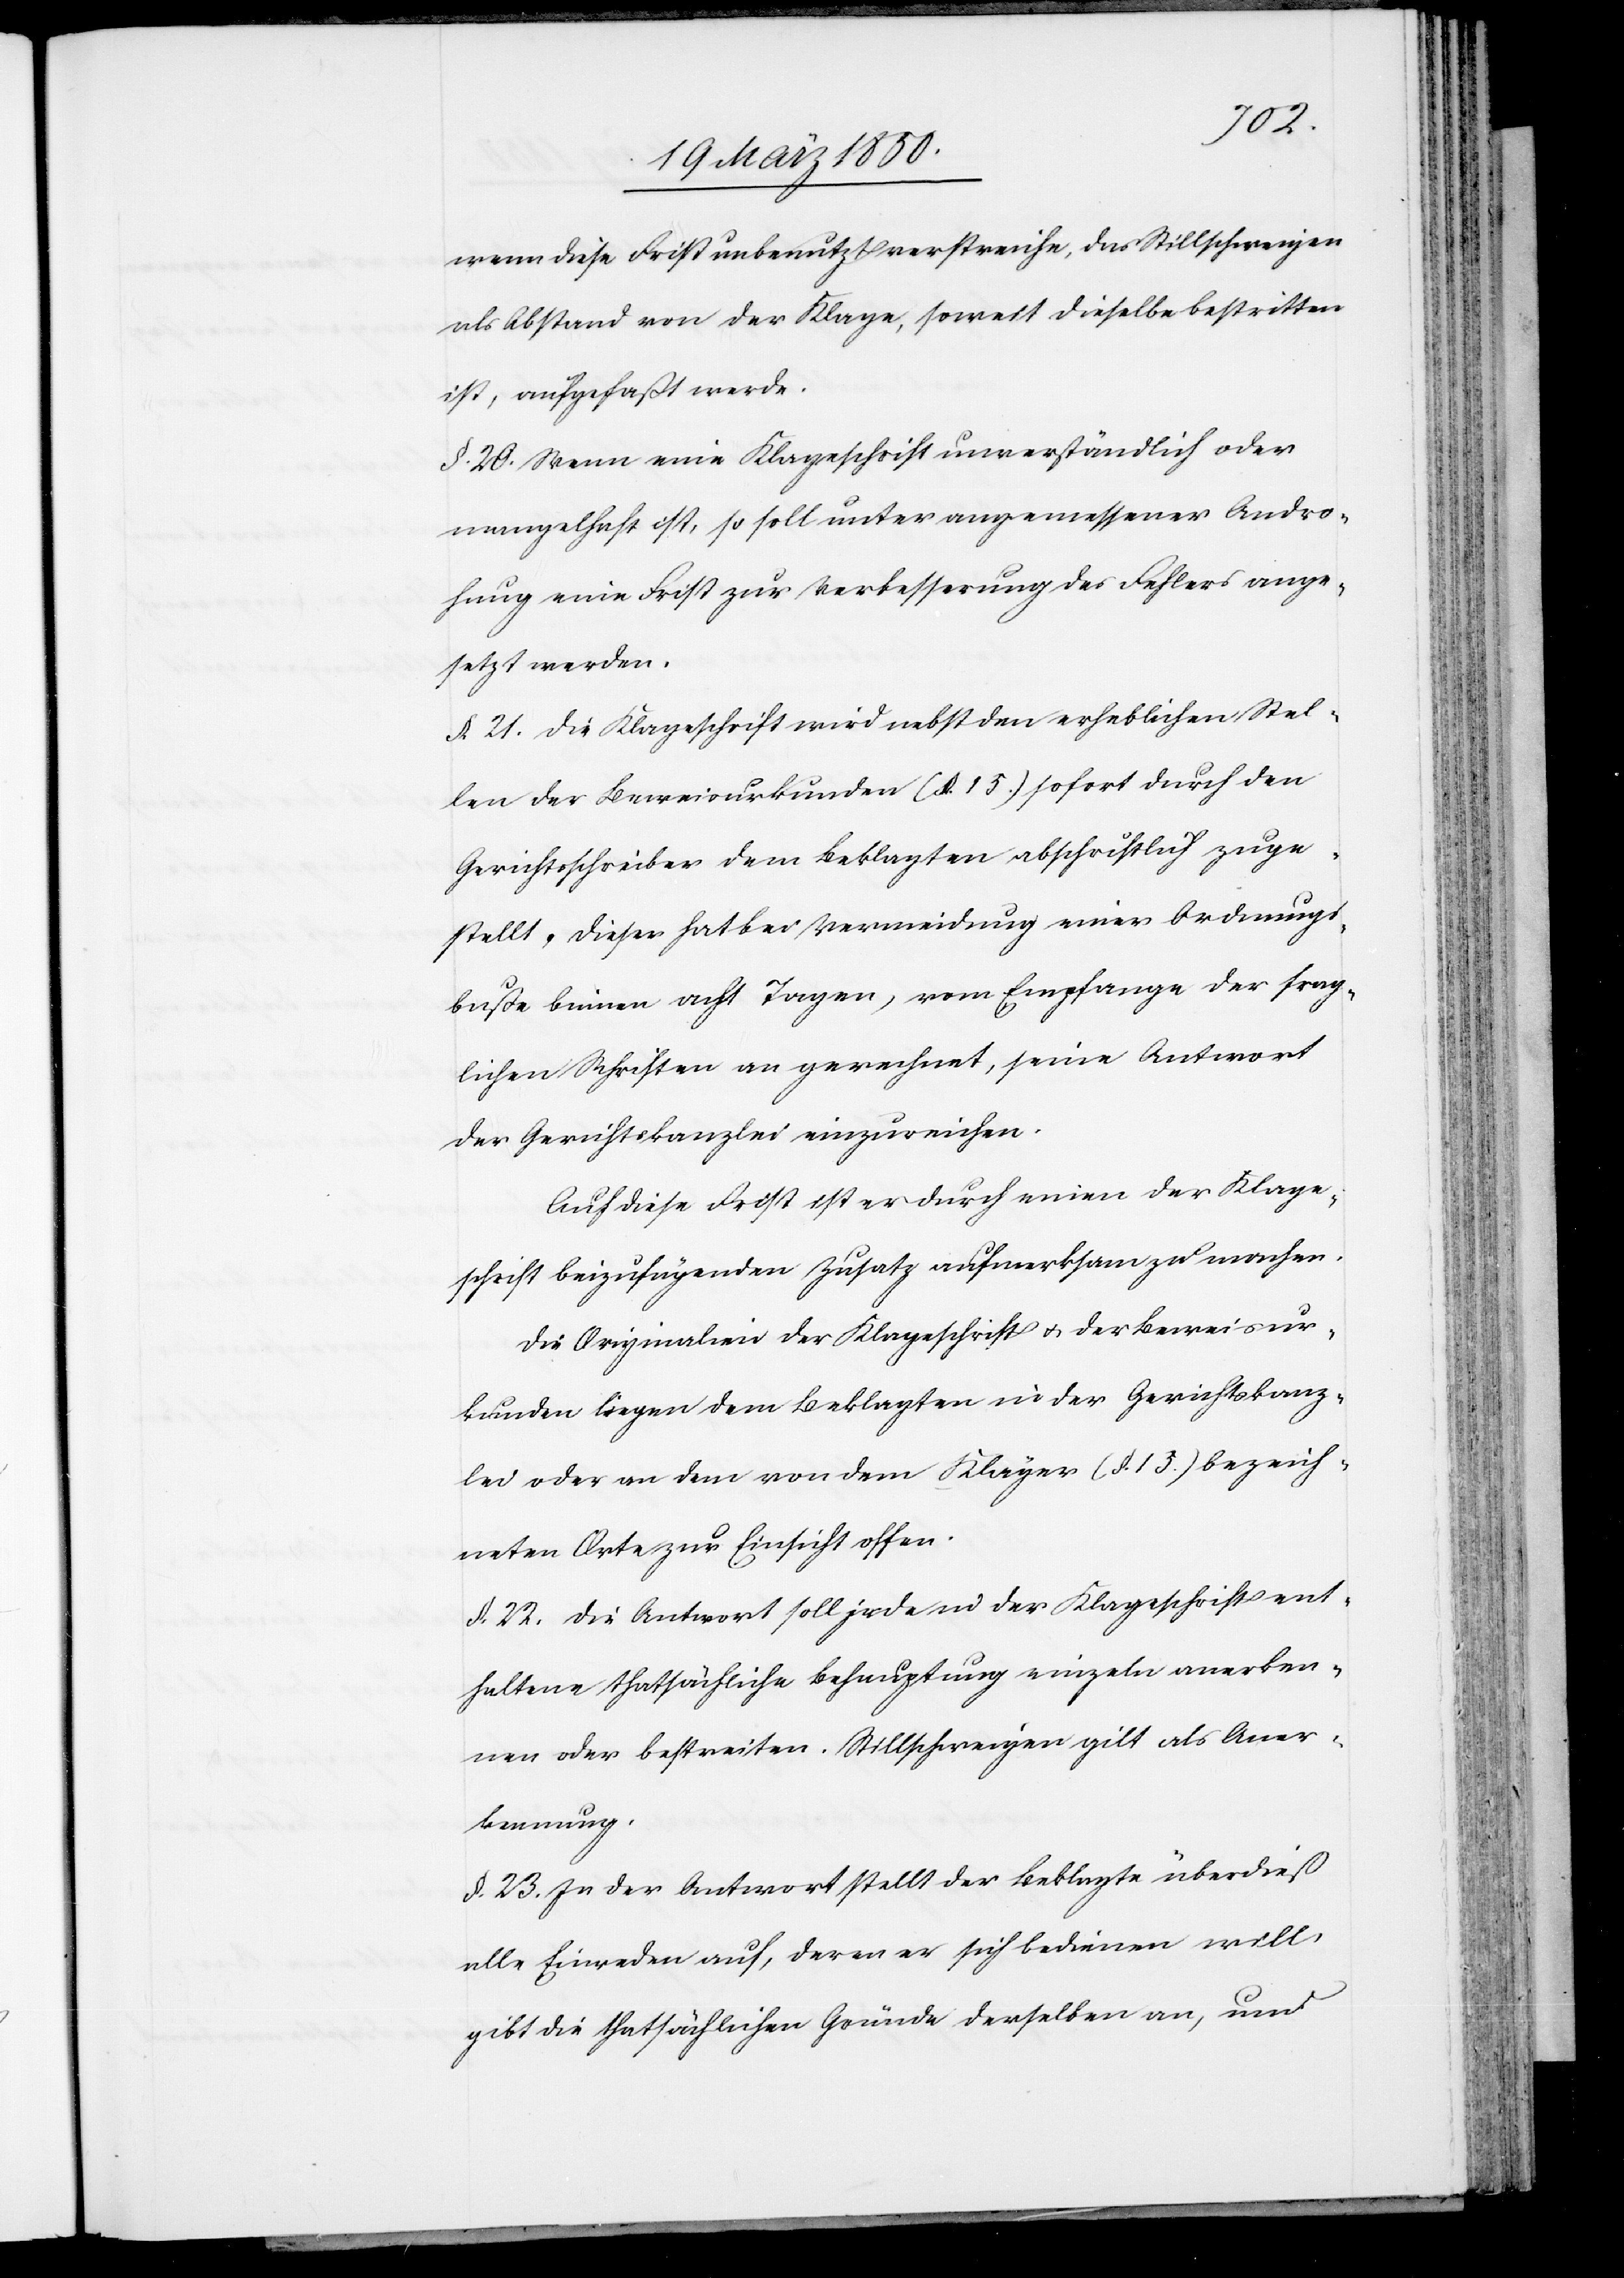
wenn diese Frist unbenutzt verstreiche, das Stillschweigen
als Abstand von der Klage, soweit dieselbe bestritten
ist, aufgefaßt werde.
§. 20. Wenn eine Klageschrift unverständlich oder
mangelhaft ist, so soll unter angemessener Andro¬
hung eine Frist zur Verbesserung des Fehlers ange¬
setzt werden.
§. 21. Die Klageschrift wird nebst den erheblichen Stel¬
len der Beweisurkunden (§. 15.) sofort durch den
Gerichtsschreiber dem Beklagten abschriftlich zuge¬
stellt. Dieser hat bei Vermeidung einer Ordnungs¬
buße binnen acht Tagen, vom Empfange der frag¬
lichen Schriften an gerechnet, seine Antwort
der Gerichtskanzlei einzureichen.
Auf diese Frist ist er durch einen der Klage¬
schrift beizufügenden Zusatz aufmerksam zu machen.
Die Originalien der Klageschrift u. der Beweisur¬
kunden liegen dem Beklagten in der Gerichtskanz¬
lei oder an dem von dem Kläger (§. 15.) bezeich¬
neten Orte zur Einsicht offen.
§. 22. Die Antwort soll jede in der Klageschrift ent¬
haltene thatsächliche Behauptung einzeln anerken¬
nen oder bestreiten. Stillschweigen gilt als Aner¬
kennung.
§. 23. In der Antwort stellt der Beklagte überdieß
alle Einreden auf, deren er sich bedienen will,
gibt die thatsächlichen Gründe derselben an, und